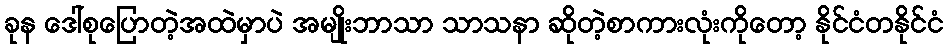
ခုန ဒေါ်စုပြောတဲ့အထဲမှာပဲ အမျိုးဘာသာ သာသနာ ဆိုတဲ့စာကားလုံးကိုတော့ နိုင်ငံတနိုင်ငံ